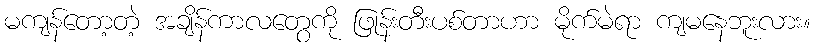
မကျန်တော့တဲ့ အချိန်ကာလတွေကို ဖြုန်းတီးပစ်တာဟာ မိုက်မဲရာ ကျမနေဘူးလား။